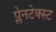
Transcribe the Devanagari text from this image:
प्लेनटेक्स्ट